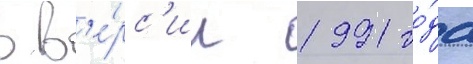
в в'е́рс'ии 1991 го́да